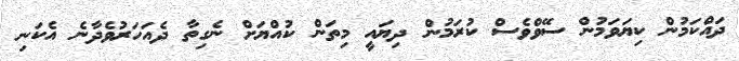
ދައްކަމުން ކިޔަވަމުން ސޭވްވެސް ކުރަމުން ދިޔައީ މިތަން ކުއްޔަށް ނެގިތާ ދެއަހަރުވެދާނެ އެކަނި